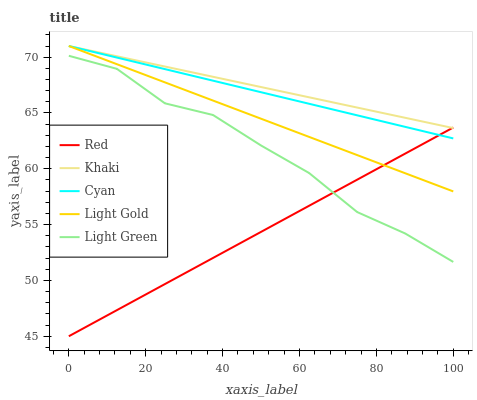
| xaxis_label | Red | Khaki | Cyan | Light Gold | Light Green |
 | --- | --- | --- | --- | --- | --- |
 | 0 | 45 | 71 | 71 | 71 | 70.1 |
 | 12.5 | 47.3 | 70.1 | 70 | 69.4 | 69 |
 | 25 | 49.7 | 69.2 | 68.9 | 67.7 | 65.9 |
 | 37.5 | 52 | 68.2 | 67.9 | 66.1 | 64.8 |
 | 50 | 54.4 | 67.3 | 66.9 | 64.5 | 62.1 |
 | 62.5 | 56.7 | 66.4 | 65.8 | 62.9 | 59.6 |
 | 75 | 59 | 65.5 | 64.8 | 61.2 | 56.1 |
 | 87.5 | 61.4 | 64.6 | 63.8 | 59.6 | 54.2 |
 | 100 | 63.7 | 63.6 | 62.7 | 58 | 51.7 |